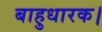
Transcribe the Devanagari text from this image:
बाहुधारक।